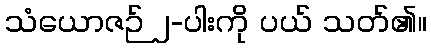
သံယောဇဉ် ၂-ပါးကို ပယ် သတ်၏။